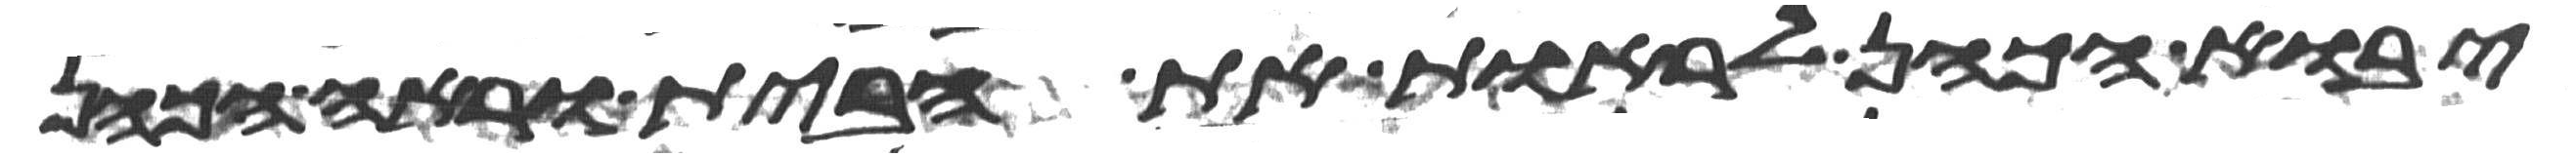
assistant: יבוא הכהן לראות את הבית וראה הכהן